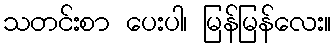
သတင်းစာ ပေးပါ၊ မြန်မြန်လေး။